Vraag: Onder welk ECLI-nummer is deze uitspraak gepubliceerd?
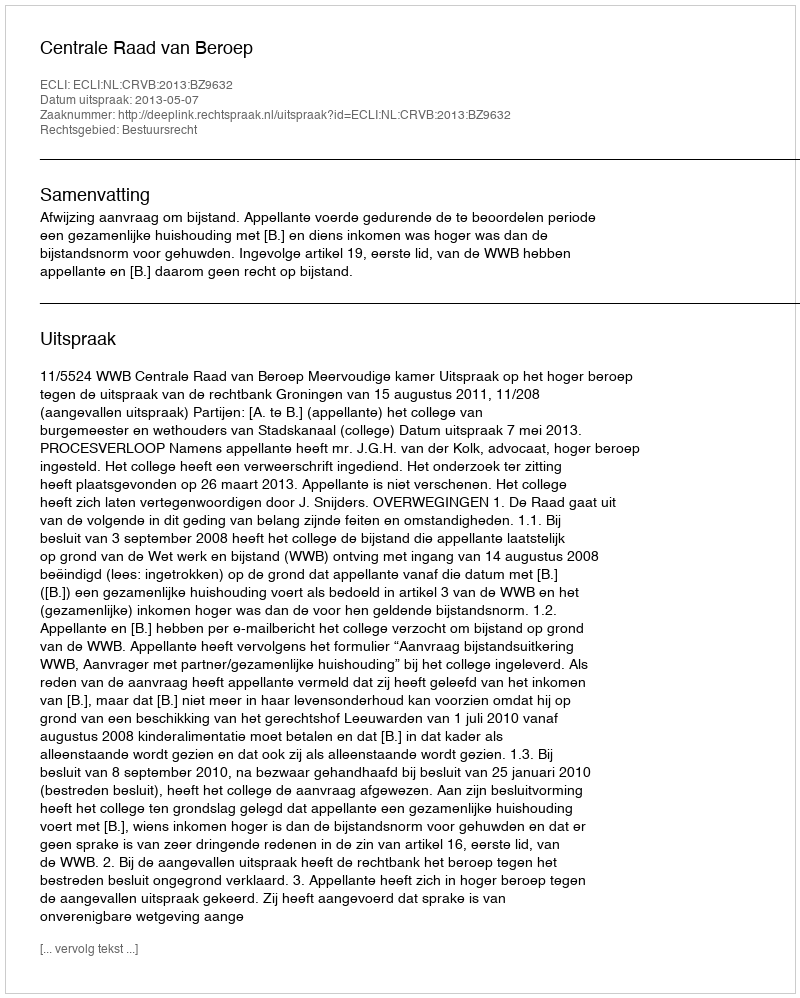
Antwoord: ECLI:NL:CRVB:2013:BZ9632